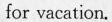
for vacation.